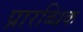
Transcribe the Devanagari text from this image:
प्रारब्धिक